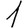
Digit: 1